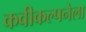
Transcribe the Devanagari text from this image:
कवीकल्पनेला